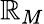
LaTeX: \mathbb{R}_{M}